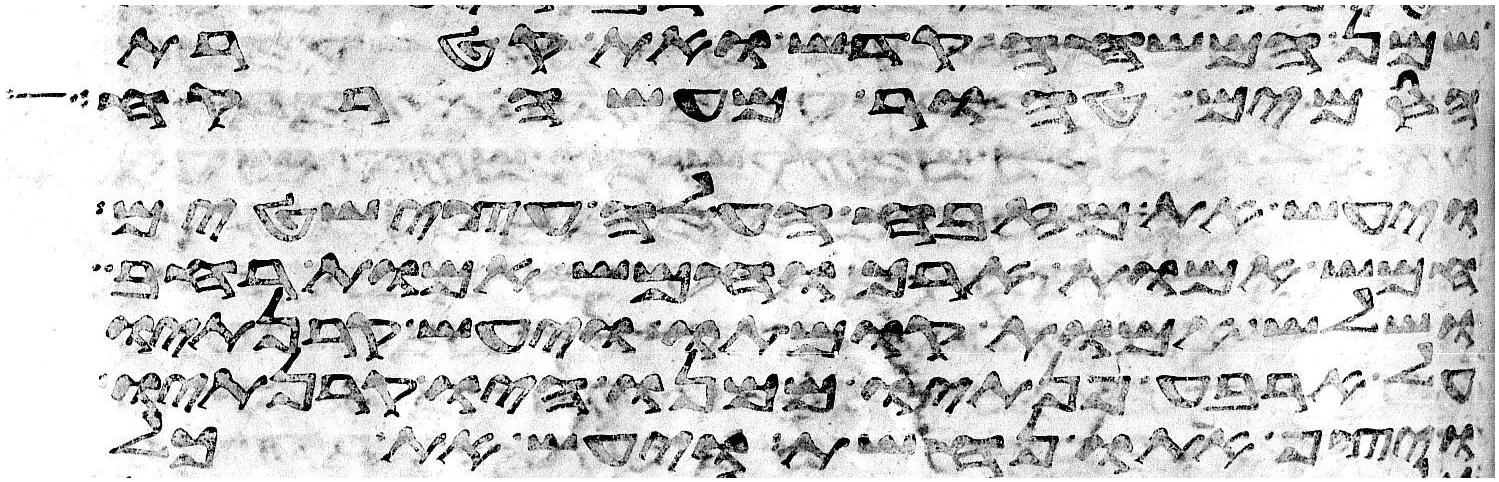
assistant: שמן המשחה קדש ואת קטרת
הסמים טהור מעשה רקח
ויעש את מזבח העלה עצי שטים
חמש אמות ארך וחמש אמות רחב
ושלש אמות קומתו ויעש קרנתיו
על ארבע פנתיו ממנו היו קרנתיו
ויצף אתו נחשת ויעש את כל